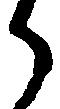
々